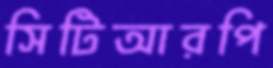
সিটিআরপি